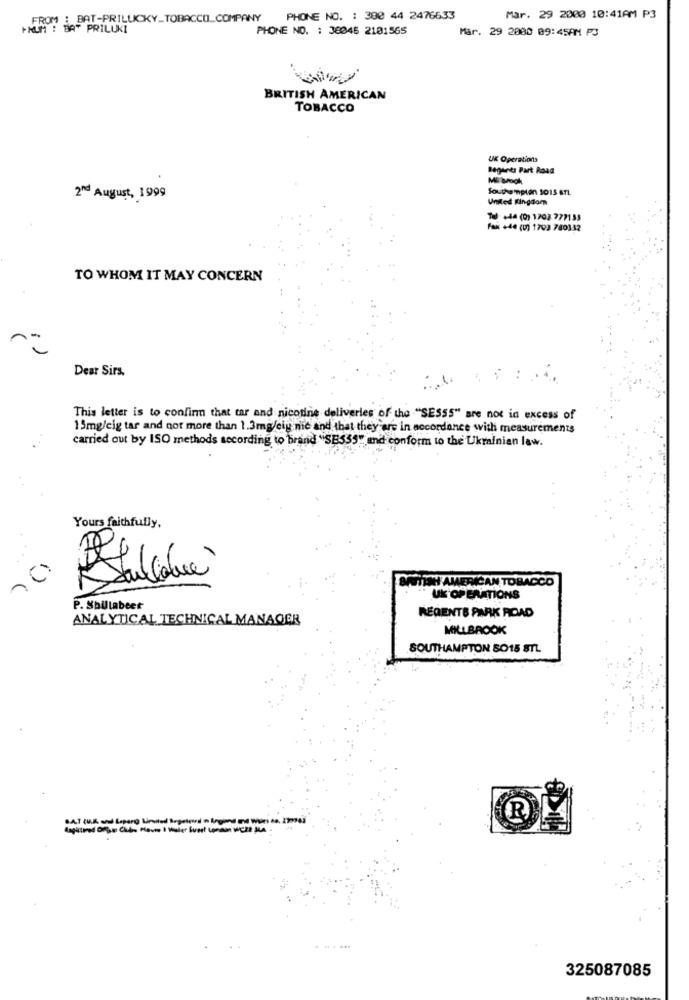
FROM : BAT-PRILUCKY_TOBACCO_COMPANY
PHONE NO. : 300 44 2476633
Mar. 29 2000 10:41AM P3
FROM : BAT PRILUKI
PHONE NO. : 38046 2101565
Mar. 29 2080 09:45AM PS
BRITISH AMERICAN
TOBACCO
UK Operations
Regents Part Road
ME broch
Southampton 1015 STL
2nd August, 1999
United Kingdom
Tel +44 (0) 1702 777133
Fax +44 (0) 1792 780332
TO WHOM IT MAY CONCERN
Dear Sirs.
This letter is to confirm that tar and nicotine deliveries of the "SES55" are not in excess of
15mg/cig tar and not more than 1.3mg/eig nic and that they are in accordance with measurements
carried out by ISO methods according to brand "SB535" and conform to the Ukrainian law.
Yours faithfully,
BATTINI AMERICAN TOBACCO
UK OPERATIONS
P. Sbillabeet
REGENTS PARK ROAD
ANALYTICAL TECHNICAL MANAGER
MILLBROOK
SOUTHAMPTON SO15 STL
R
325087085